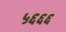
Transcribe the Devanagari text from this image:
५६६६